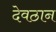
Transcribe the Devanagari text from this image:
देवठान